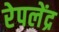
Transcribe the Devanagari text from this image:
रेपलेंद्र